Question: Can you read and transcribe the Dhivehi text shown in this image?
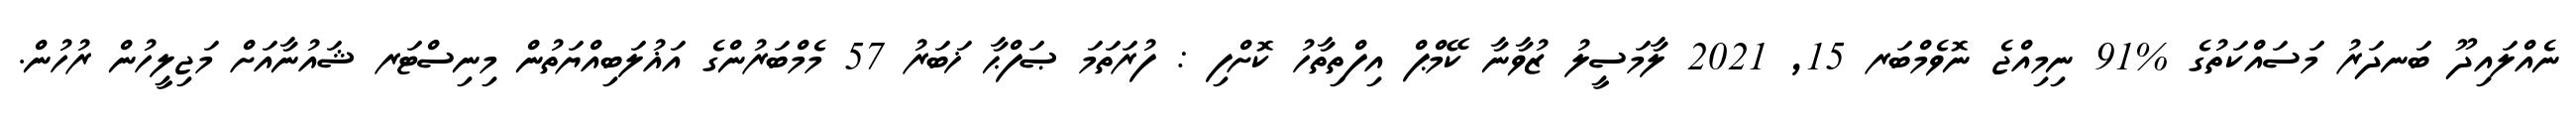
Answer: ނެއްލައިދޫ ބަނދަރު މަސައްކަތުގެ %91 ނިމިއްޖެ ނޮވެމްބަރ 15, 2021 ލާމަސީލު ޒުވާނާ ކޭމްޕް އިފްތިތާހު ކޮށްފި : ފުރަތަމަ ޞަފްޙާ ޚަބަރު 57 މެމްބަރުންގެ އަޣުލަބިއްޔަތުން މިނިސްޓަރ ޝައުނާއަށް މަޖިލީހުން ރުހުން.